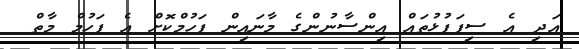
އަދި އެ ސިފަފުޅުތައް އިންސާނުންގެ މާނައިން ފަހުމްކޮށް އެ ފަހުމް މާތް